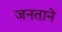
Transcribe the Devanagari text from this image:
जनताने